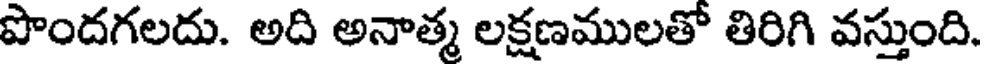
పొందగలదు. అది అనాత్మ లక్షణములతో తిరిగి వస్తుంది.